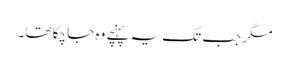
مگر جب تک یہ پہنچے وہ جا چکا تھا ۔